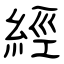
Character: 經